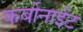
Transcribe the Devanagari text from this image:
कर्बोनाईट